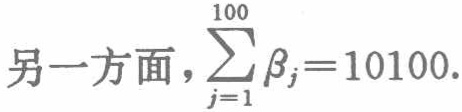
另一方面，\(\sum_{j = 1}^{100} \beta_{j}=10100\).